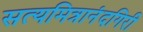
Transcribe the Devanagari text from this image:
सत्यमित्रानंदगिरी